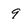
Character: 9